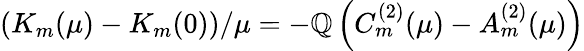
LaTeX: \left(K_{m}(\mu)-K_{m}(0)\right)/\mu=-\mathbb{Q}\left(C_{m}^{(2)}(\mu)-A_{m}^{(2)}(\mu)\right)